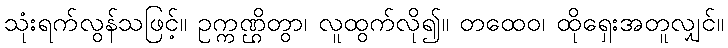
သုံးရက်လွန်သဖြင့်။ ဥက္ကဏ္ဌိတွာ၊ လူထွက်လို၍။ တထေဝ၊ ထိုရှေးအတူလျှင်။